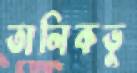
তালিকভু